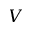
V